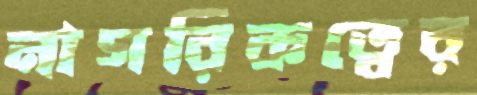
নাগরিকত্বের